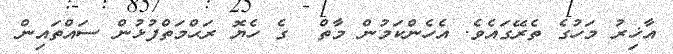
އާޚިރު މަހުގެ ތެރޭގައެވެ. އެހެންކަމުން މާތް  ގެ ހެޔޮ ރަޙްމަތްފުޅުން ސައްތައިން